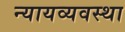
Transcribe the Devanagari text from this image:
न्‍यायव्‍यवस्‍था